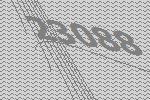
23088